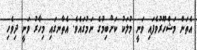
އެތަން މަޝްހޫރުވެފައި ވަނީ މުލަކު ކަށްބިމުގެ ނަމުގައެވެ. އެތާނގައި މިހާރު ވަނީ ދިވެހި